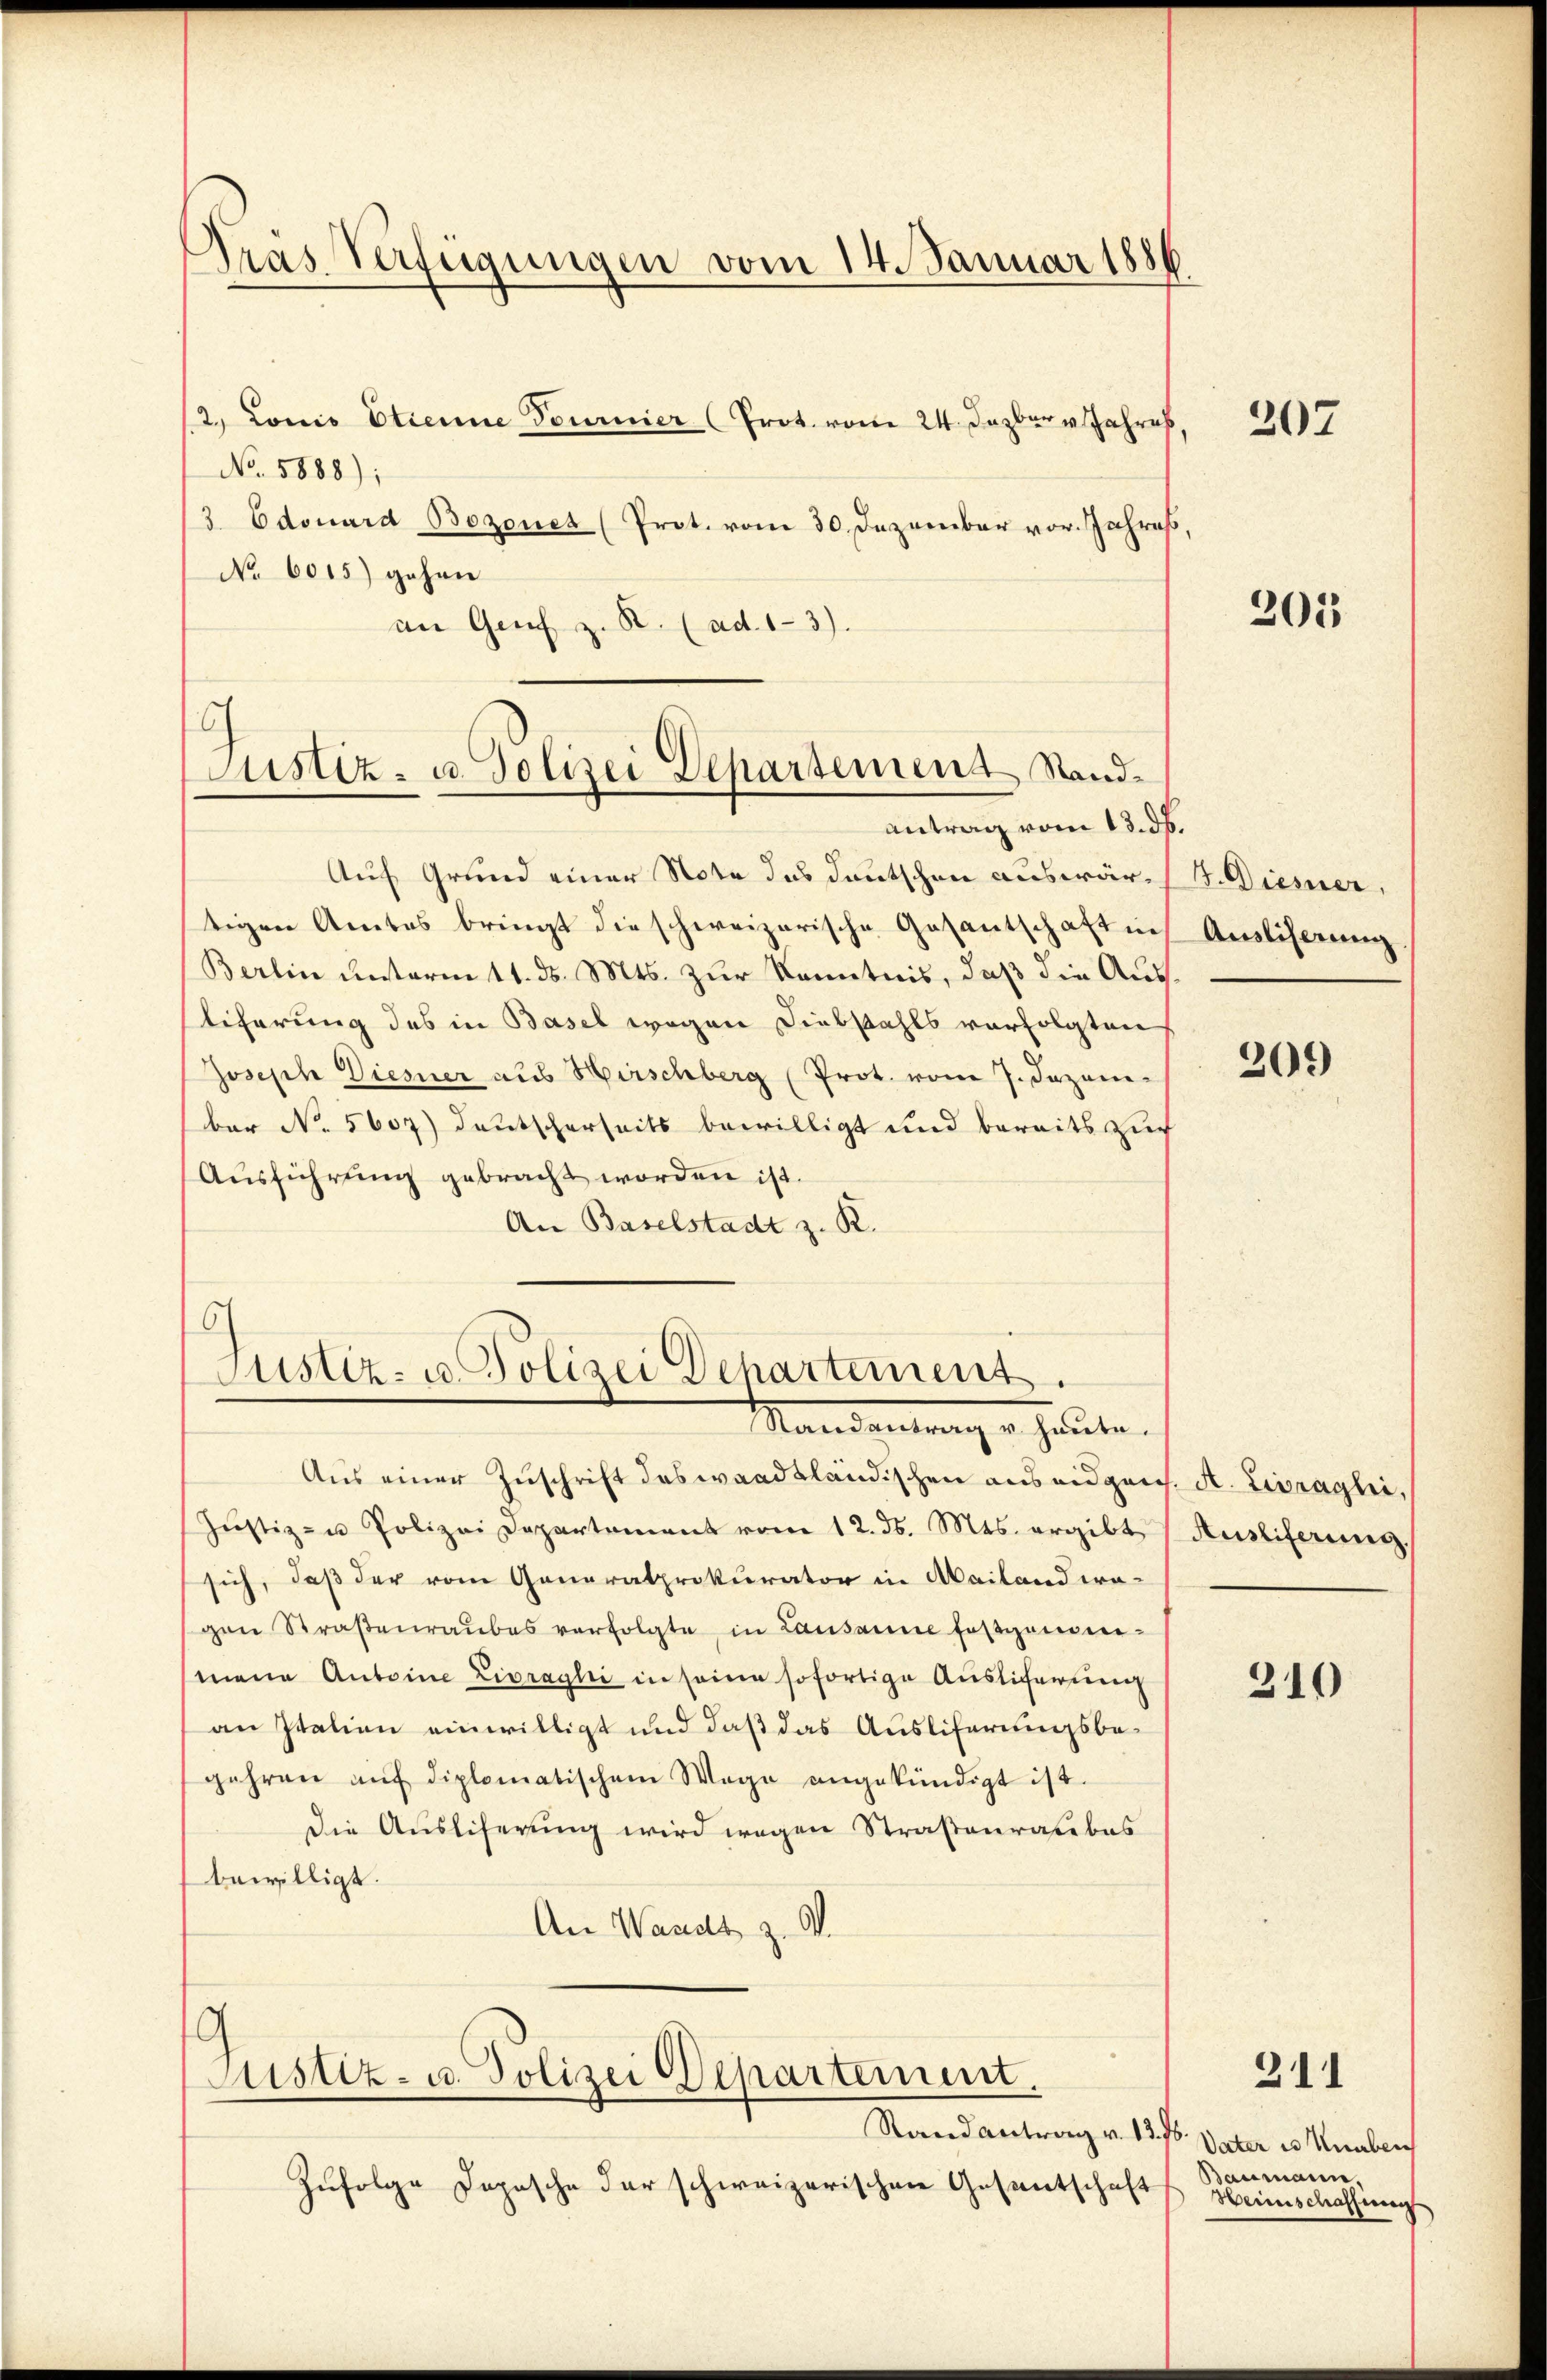
Träs Verfügungen vom 14. Januar 1886
2. Louis Etienne Tournier (Prot. vom 24. Dazbar Jahres

No. 5888);
3. Edouard Bozonet (Prot. vom 30. Dezember vor. Jahres
No 6015) gehen
an Genf z. B. (ad. 13).

6
Justiz- u. Polizei Departement Stand¬
Antrag vom 13. d.

Auf Grund einer Note das Deutschen auswärtigen Amtes bringt die schweizerische Gesantschaft in
Berlin unterm 11. ds. Mts. zur Kenntnis, daß die Ausliferung des in Basel wegen Diebstahls verfolgten
Joseph Diesner aus Hirschberg (Prot. vom 7. Jezen-
ber No. 5607) deutscherseits bewilligt und bereits zur
Ausführung gebracht worden ist.
An Baselstadt z. R.

6/
Justiz- u. Polizei Departement
Mandantrag v. Heute.

Aus einer Zuschrift des waadtländischen aus eidgen
Jŭstiz- u Polizei Departement vom 12. ds. Mts. ergibt
sich, daß der vom Generalprokurator in Mailand wo-
gen Straβenraŭbes verfolgte in Lausanne festgenom-
mene Antoine Livraghi in seine sofortige Auslicherung
an Italien einwilligt und daß das Ausliferungsbegehren aŭf diplomatischem Wege angekündigt ist.
Die Ausliferung wird wegen Straßenrate bes
bewilligt.
An Waadt, z. B.
¬
Justiz- u. Polizei Departement,
Stand antrag v. 13 f. Vater es unberg
Zufolge Dopische der schweizerischen Gesantschaft

.

207

205

D. Dieser,
Ausliserung

209)

A. Livraghi,
Ausliferung

310

211

Baumann,
Weinschaffnung